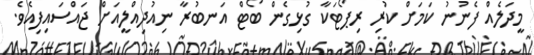
މީދަލެއް ފެނުނު ކަމަށް ކުރި ރިޕޯޓަކާ ގުޅިގެން ބޯޓް އަނބުރާ ނިއުދިއްލީއަށް ޖައްސައިފިއެވެ.